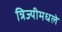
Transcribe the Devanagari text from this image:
त्रिज्यीमधले